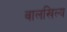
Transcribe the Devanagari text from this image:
वालखिल्‍य